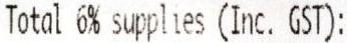
TOTAL 6% SUPPLIES (INC. GST):